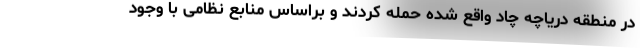
در منطقه دریاچه چاد واقع شده حمله کردند و براساس منابع نظامی با وجود